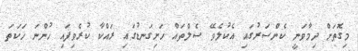
މިގޮތަށް ދިމާވަނީ ކެންސަރުގައި އެކުލެވޭ ސެލްތައް ހަށިގަނޑުގައި ރައްކާ ކުރެވިފައި ހުންނަ ހަކަތަ